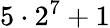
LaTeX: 5\cdot 2^{7}+1